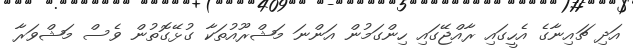
އަދި ޗައިނާގެ އެހީގައި ރާއްޖޭގައި ހިންގަމުން އަންނަ މަޝްރޫއުތަކާ ގުޅޭގޮތުން ވެސް މަޝްވަރާ